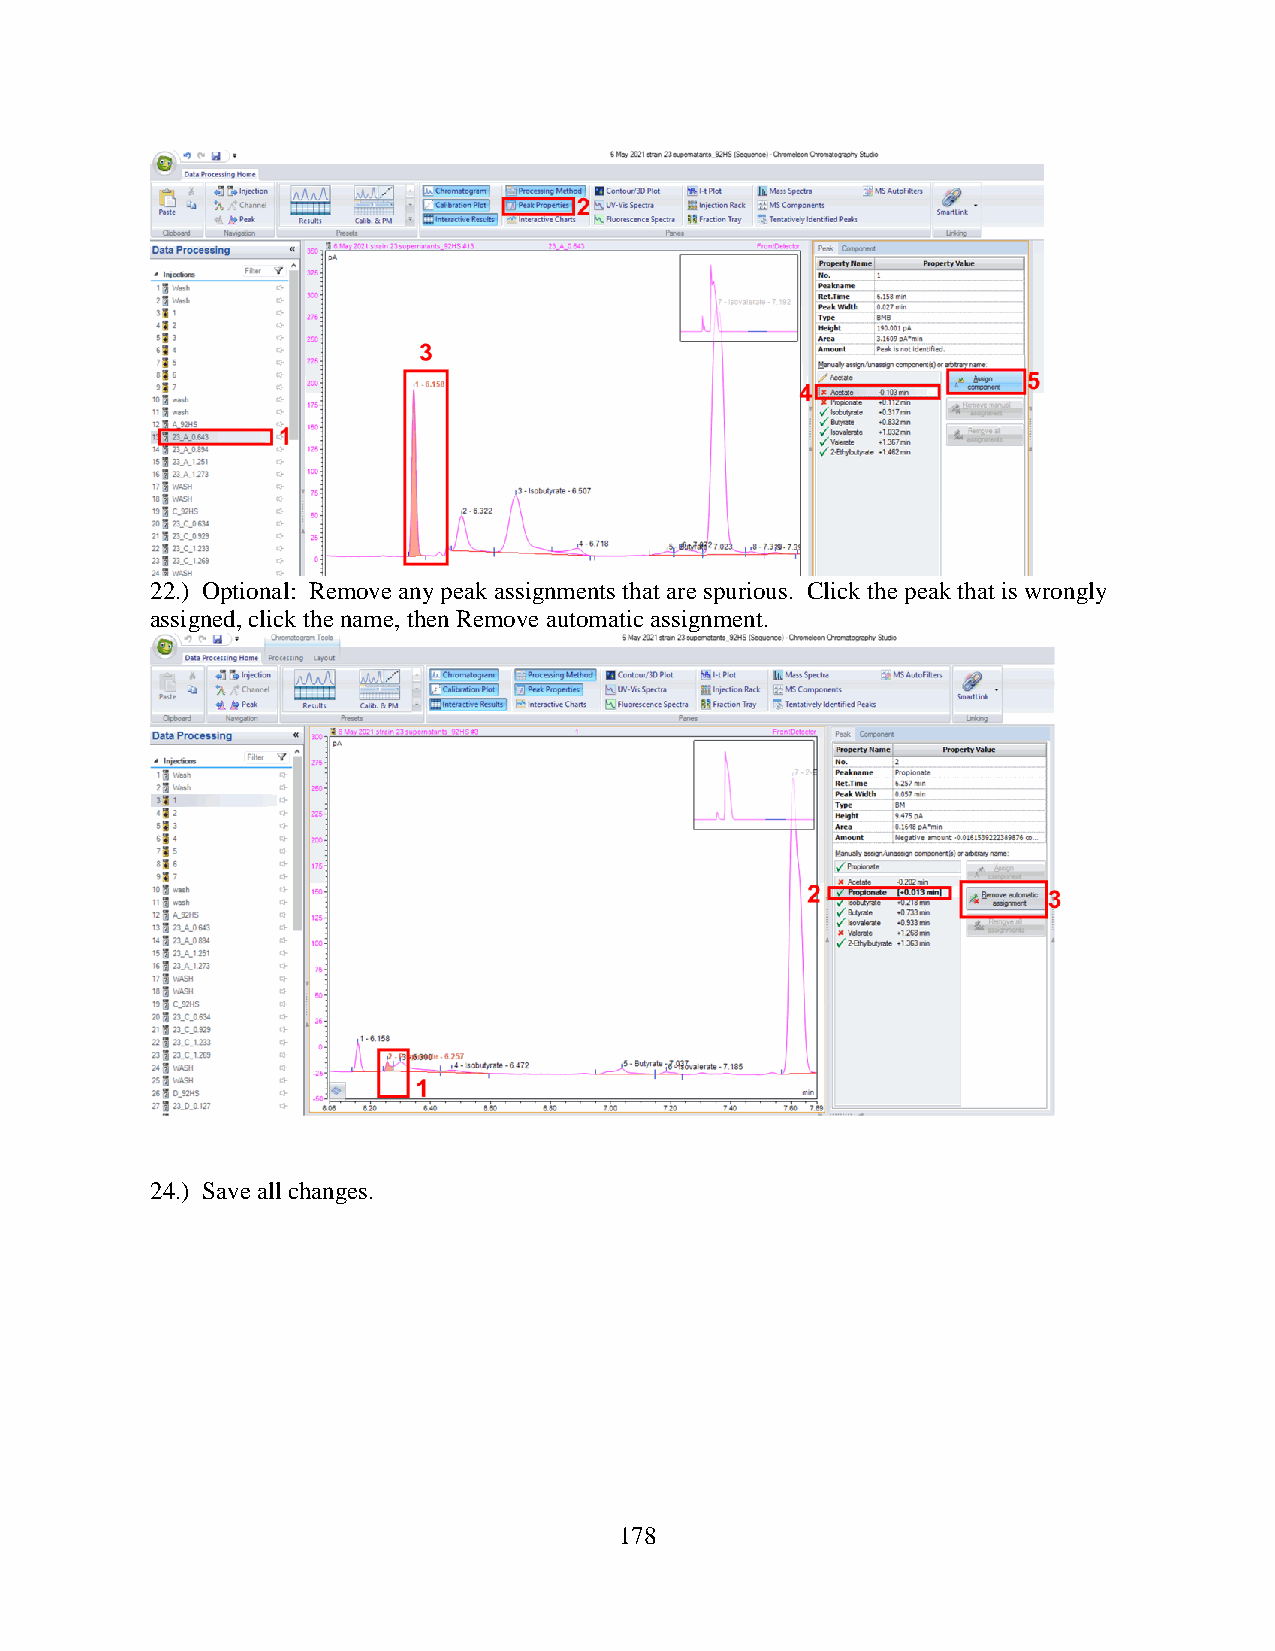
22.) Optional: Remove any peak assignments that are spurious. Click the peak that is wrongly
 assigned, click the name, then Remove automatic assignment.
 24.) Save all changes.
 178